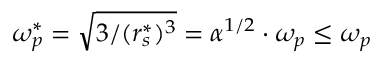
\omega _ { p } ^ { * } = \sqrt { 3 / ( r _ { s } ^ { * } ) ^ { 3 } } = \alpha ^ { 1 / 2 } \cdot \omega _ { p } \le \omega _ { p }